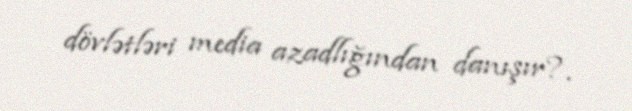
dövlətləri media azadlığından danışır?.